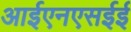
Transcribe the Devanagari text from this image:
आईएनएसईई